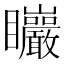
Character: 𥍛